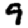
Digit: 9